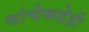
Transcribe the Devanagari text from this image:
यांचेकडेही